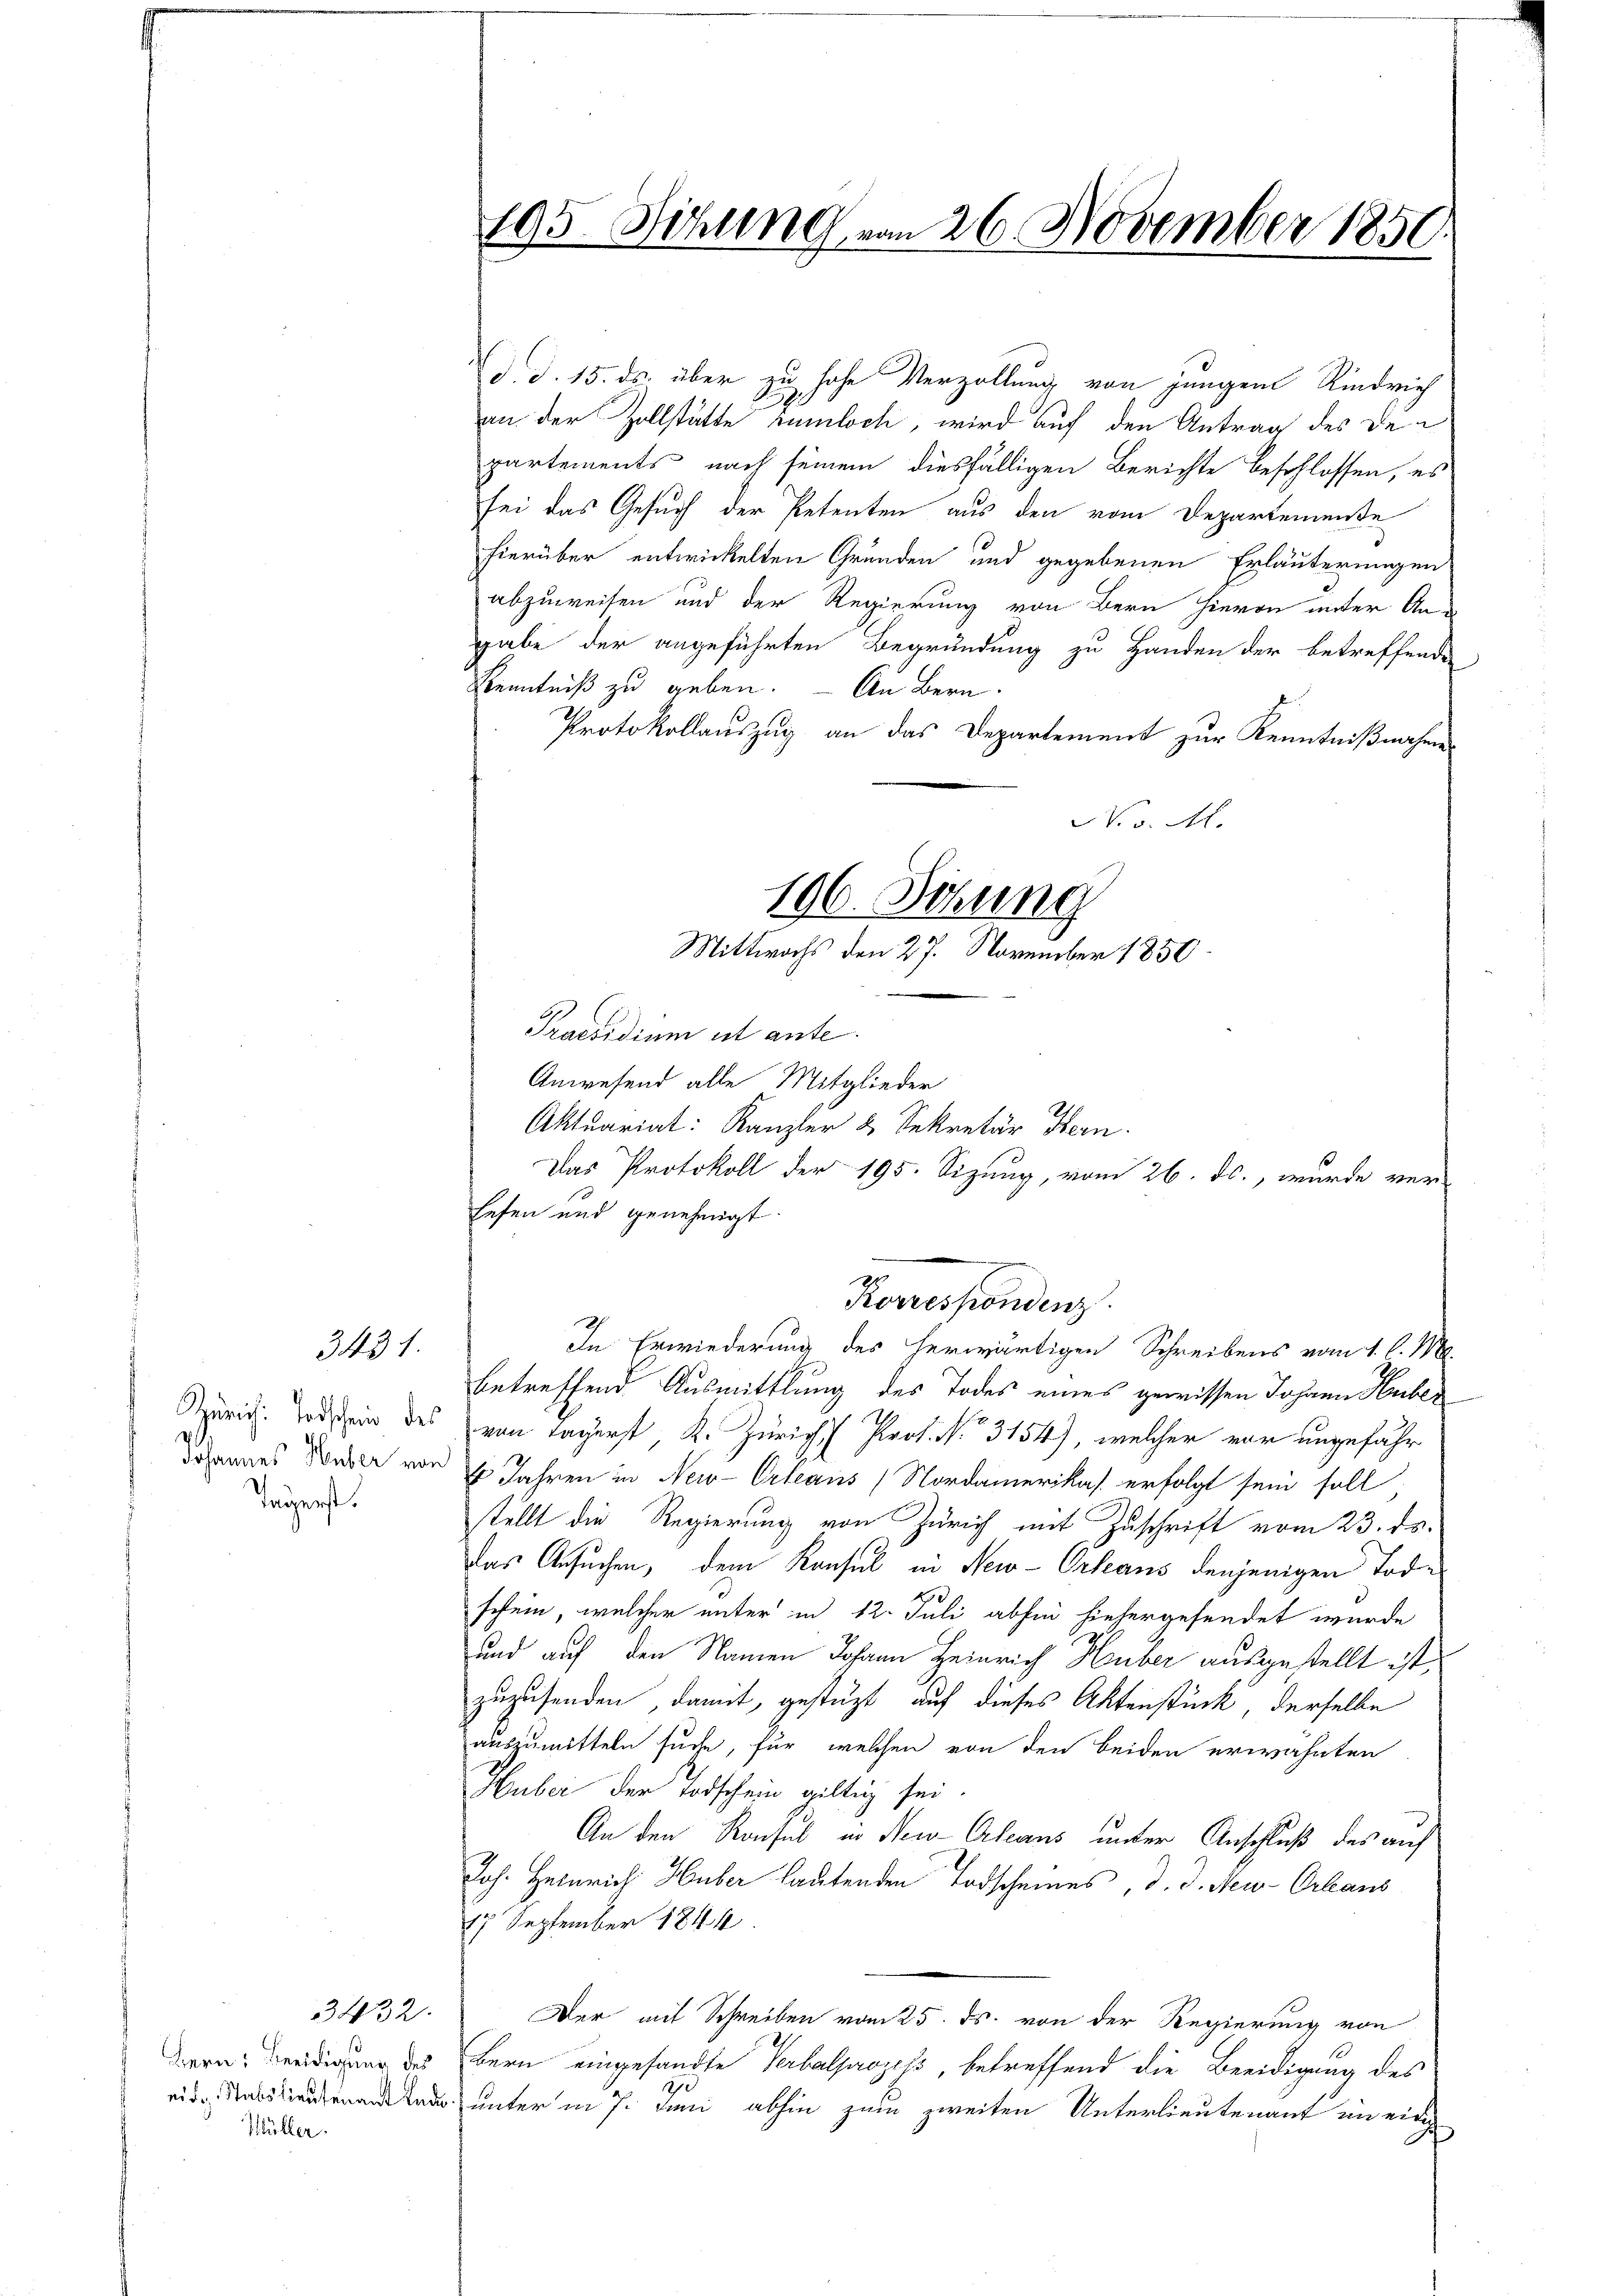
3431.

Tägerst.

Müller.

3432.

195. Sitzung vom 26 November 1850.

d. d. 15. ds. über zu hohe Verzöllung von jungen Rindrich
an der Zollstätte rumloch, wird auf den Antrag des departements nach seinem diesfälligen Berichte beschlossen, es
sei das Gesuch der Petenten aus den vom Departemente
hierüber entwickelten Gründen und gegebenen Erläuterungen
abzuweisen und der Regierung von Bern hievon unter An-
gabe der angeführten Begründung zu Handen der betreffende
Kenntniß zu geben. — An Bern.
Protokollauszug an das Departement zur Kenntnißnahmen
Praesidium ist ante
Anwesend alle Mitglieder
Aktuariat: Kanzler & Sekretär Hern.
Das Protokoll der 195. Sizung, vom 26. ds., wurde ver¬
Eefen und genehmigt.
Korrespondenz
In Erwiederung des herwärtigen Schreibens vom 1. l. M.
betreffend Ausmittlung des Todes eines gewissen Johann Huber
Zürich Todessen des von Lagerst, K. Zürich Prof. N. 3154), welcher vor ungefähr
dohannes Werte von 1 Jahren in New-Orleans (Nordamerikas erfolgt sein soll
stellt die Regierung von Zürich mit Zuschrift vom 23. ds.
das Ansuchen, dem Konsul in New-Orleaus denjenigen Tode
schein, welcher unter in 12. Juli abhin hiehergesendet wurde
und auf den Namen Johann Heinrich Huber ausgestellt ist,
zuzusenden, damit, gestüzt auf dieses Aktenstück, derselbe
auszumitteln suche, für welchen von den beiden erwähnten
Huber der Todschein giltig sei.
An den Konsul in New-Orleans unter Anschluß des auf
Joh. Heinrich Huber lautenden Todscheines, d. d. Neu-Orleans
17 September 1844
Der mit Schreiben vom 25. ds. von der Regierung von
Berneidigung des Bern eingesandte Verbalprozess, betreffend die Beeidigung des
 unter in 7. Juni abhin zum zweiten Unterlieutenant an einge

No v. M.
196. Tötung
Mittwochs den 27. November 1850